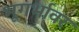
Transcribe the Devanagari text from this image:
भूगर्भावर